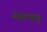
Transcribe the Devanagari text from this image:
मोझाकुन्नु